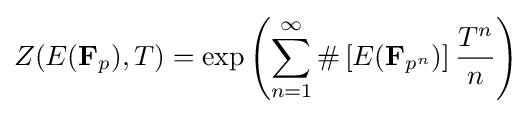
Z(E(\mathbf {F} _{p}),T)=\exp \left(\sum _{n=1}^{\infty }\#\left[E({\mathbf {F} }_{p^{n}})\right]{\frac {T^{n}}{n}}\right)